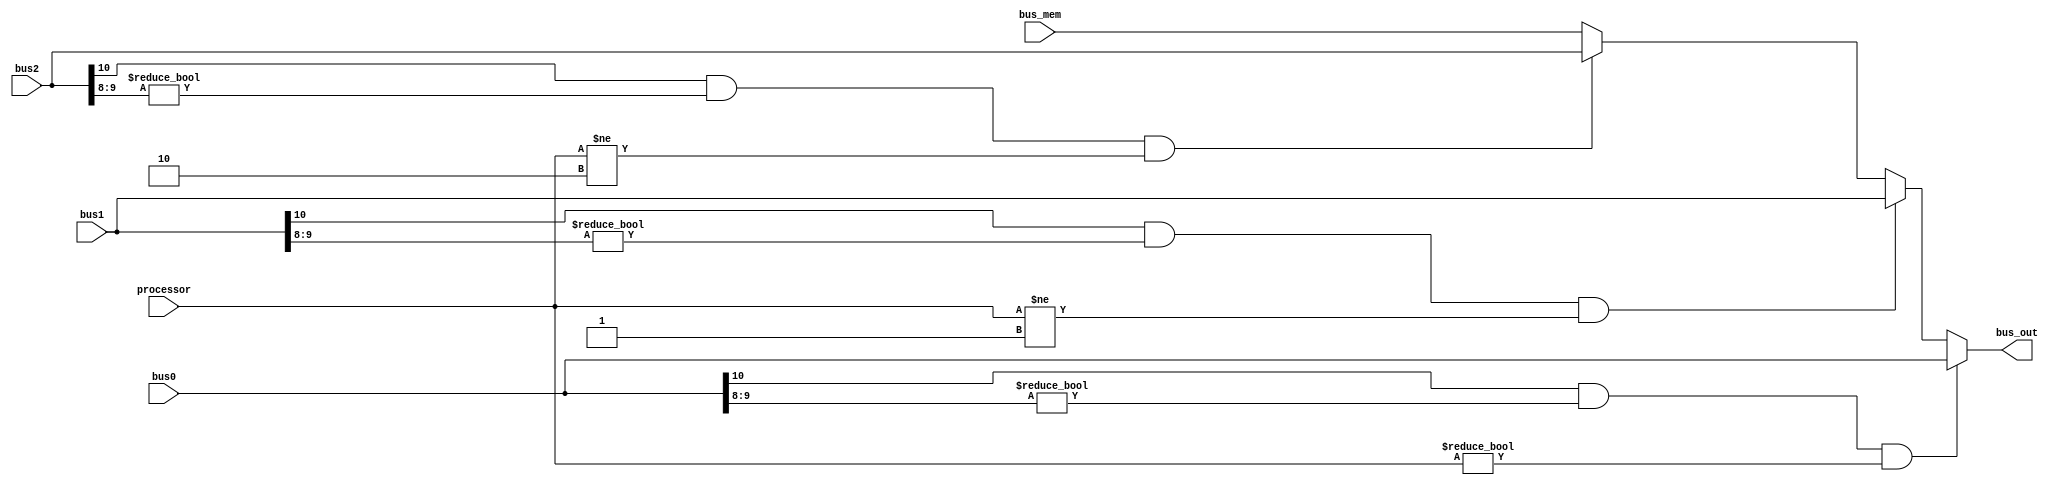
module databus(processor, bus0, bus1, bus2, bus_mem, bus_out);
    input [1:0] processor;
    input [11:0] bus0, bus1, bus2, bus_mem;
    output reg [11:0] bus_out;

    always @(*) begin
        if (bus0[10] == 1'b1 && bus0[9:8] != 2'b00 && processor != 2'b00) begin
            bus_out = bus0;
        end
        else if (bus1[10] == 1'b1 && bus1[9:8] != 2'b00 && processor != 2'b01) begin
            bus_out = bus1;
        end
        else if (bus2[10] == 1'b1 && bus2[9:8] != 2'b00 && processor != 2'b10) begin
            bus_out = bus2;
        end
        else begin
            bus_out = bus_mem;
        end
    end
endmodule